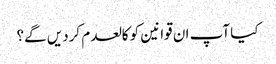
کیا آپ ان قوانین کو کالعدم کردیں گے؟